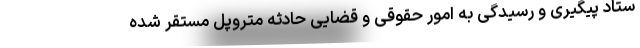
ستاد پیگیری و رسیدگی به امور حقوقی و قضایی حادثه متروپل مستقر شده